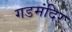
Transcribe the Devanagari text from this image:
गडमंदिर